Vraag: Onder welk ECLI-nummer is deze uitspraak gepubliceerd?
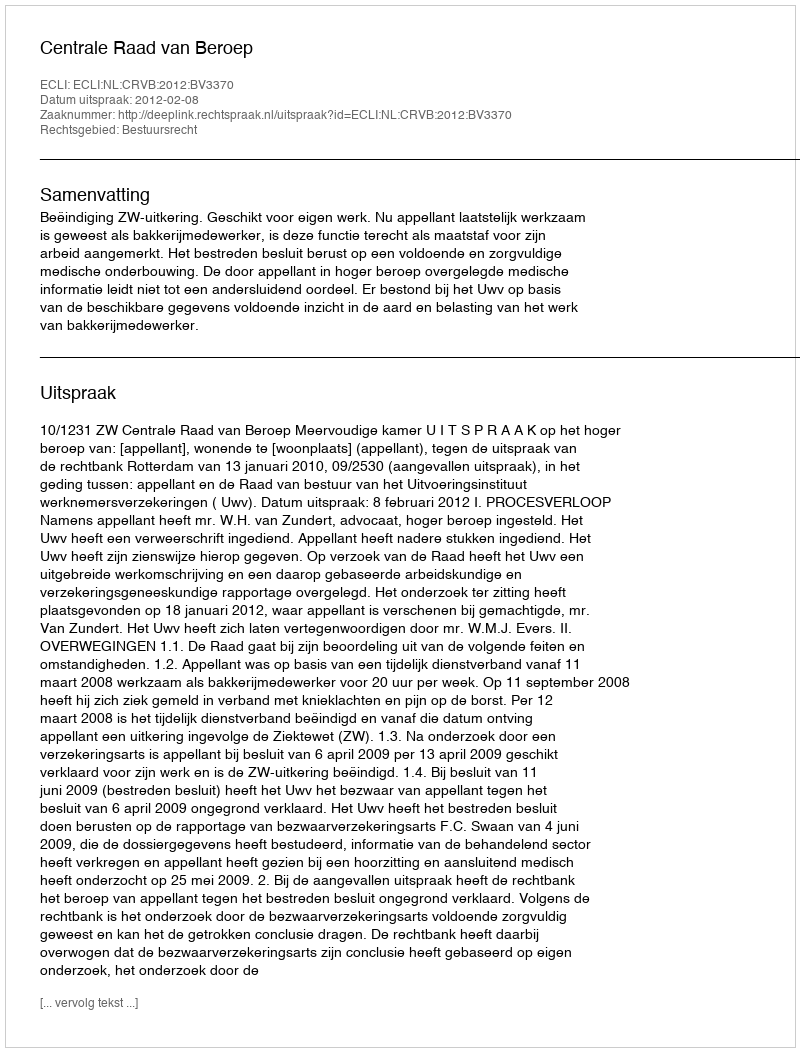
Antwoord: ECLI:NL:CRVB:2012:BV3370